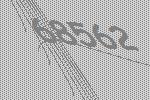
68562